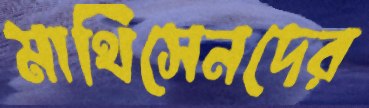
মাথিসেনদের